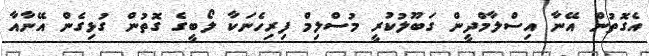
އެގޮތުން އޭނާ އިސްލާމްދީން ގަބޫލުކުރީ މުސްލިމް ފިރިހެނަކާ ލޯބީގެ ގޮތުން ގުޅިގެން އޭނާއާ